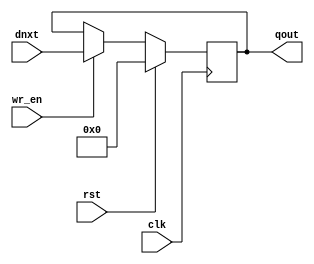
// DATAW bits register (DFF), synchronous reset

module register #(
    parameter DATAW = 32,
    parameter RST_VALUE = 'b0
) (
    input                clk,
    input                rst,
    input                wr_en,     // write enable
    input   [DATAW-1:0]  dnxt,      // next data
    output  [DATAW-1:0]  qout       // current value
);

reg [DATAW-1:0] qout_r;
assign qout = qout_r;
always @(posedge clk) begin
    if (rst == 1'b1)
        qout_r <= RST_VALUE;
    else if (wr_en == 1'b1)
        qout_r <= dnxt;
end

endmodule